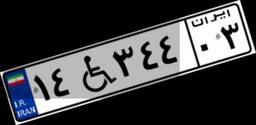
۶۰W۷۴۱۳۶